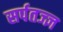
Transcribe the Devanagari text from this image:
सर्पतज्ज्ञ